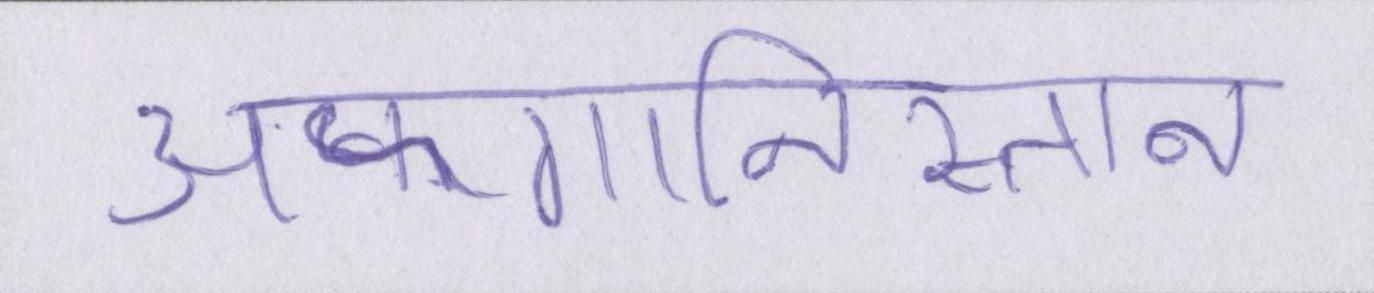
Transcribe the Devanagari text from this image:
अफगानिस्तान